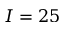
I = 2 5